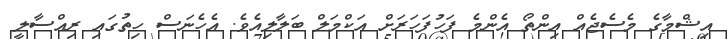
އިޝްމާގެ މެސެޖެއް އިންތޯ އެންމެ ފަހުފަހަރަށް އަކްމަލް ބަލާލިއެވެ. އެހެނަސް ހިތުގައި ރިއްސާލީ